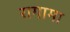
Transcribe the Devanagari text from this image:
रागामा